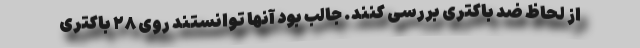
از لحاظ ضد باکتری بررسی کنند. جالب بود آنها توانستند روی ۲۸ باکتری